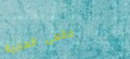
مقهى العربية